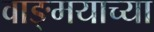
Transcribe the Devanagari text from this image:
वाङ्‍मयाच्या